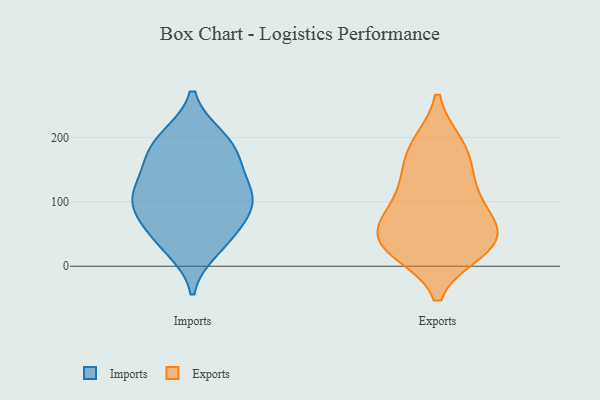
{"axis": {"x": "Backlog", "y": "Value"}, "legend": ["Exports", "Imports"], "data": [{"x": "", "y": 28, "type": "Imports"}, {"x": "", "y": 198, "type": "Imports"}, {"x": "", "y": 103, "type": "Imports"}, {"x": "", "y": 101, "type": "Imports"}, {"x": "", "y": 87, "type": "Imports"}, {"x": "", "y": 175, "type": "Imports"}, {"x": "", "y": 51, "type": "Imports"}, {"x": "", "y": 145, "type": "Imports"}, {"x": "", "y": 45, "type": "Imports"}, {"x": "", "y": 112, "type": "Imports"}, {"x": "", "y": 199, "type": "Imports"}, {"x": "", "y": 164, "type": "Imports"}, {"x": "", "y": 102, "type": "Imports"}, {"x": "", "y": 149, "type": "Exports"}, {"x": "", "y": 188, "type": "Exports"}, {"x": "", "y": 48, "type": "Exports"}, {"x": "", "y": 89, "type": "Exports"}, {"x": "", "y": 133, "type": "Exports"}, {"x": "", "y": 93, "type": "Exports"}, {"x": "", "y": 25, "type": "Exports"}, {"x": "", "y": 187, "type": "Exports"}, {"x": "", "y": 36, "type": "Exports"}, {"x": "", "y": 36, "type": "Exports"}, {"x": "", "y": 66, "type": "Exports"}, {"x": "", "y": 30, "type": "Exports"}]}